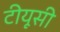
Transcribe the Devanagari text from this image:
टीयूसी